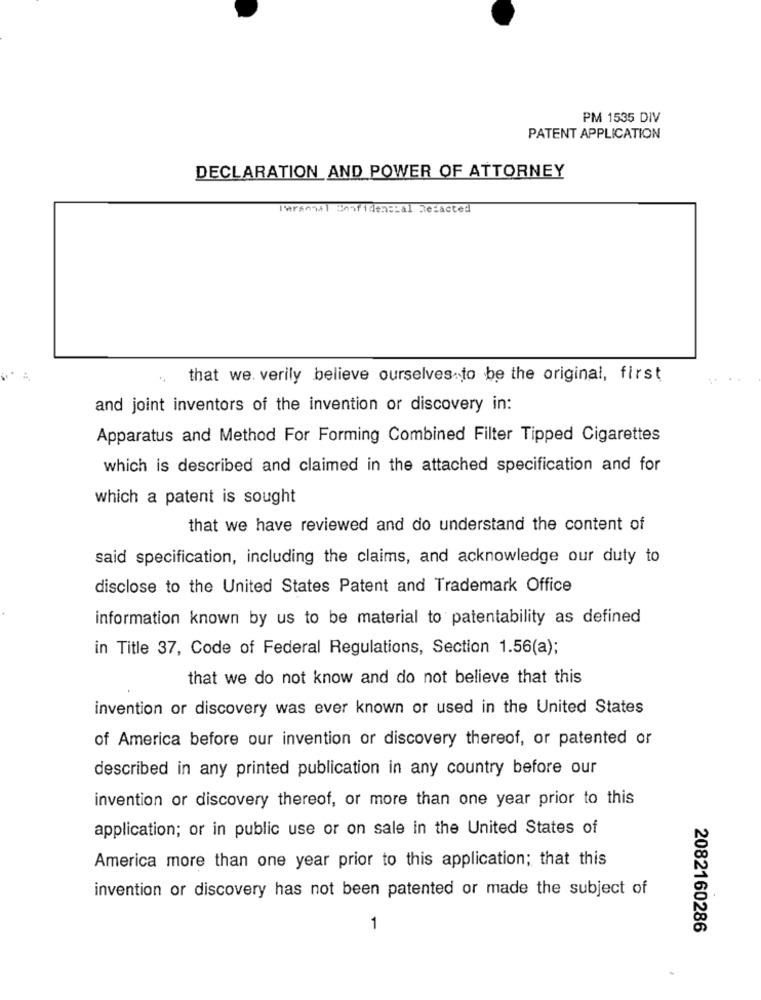
PM 1535 DIV
PATENT APPLICATION
DECLARATION_ AND_POWER OF ATTORNEY
Personal Confidencial Redacted
..
that we. verily believe ourselves to be the original, first
and joint inventors of the invention or discovery in:
Apparatus and Method For Forming Combined Filter Tipped Cigarettes
which is described and claimed in the attached specification and for
which a patent is sought
that we have reviewed and do understand the content of
said specification, including the claims, and acknowledge our duty to
disclose to the United States Patent and Trademark Office
information known by us to be material to patentability as defined
in Title 37, Code of Federal Regulations, Section 1.56(a);
that we do not know and do not believe that this
invention or discovery was ever known or used in the United States
of America before our invention or discovery thereof, or patented or
described in any printed publication in any country before our
invention or discovery thereof, or more than one year prior to this
application; or in public use or on sale in the United States of
America more than one year prior to this application; that this
invention or discovery has not been patented or made the subject of
1
2082160286